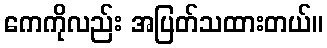
ကေကိုလည်း အပြတ်သထားတယ်။